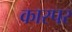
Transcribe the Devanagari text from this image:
कारपर